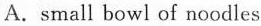
A.small bowl of noodles